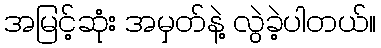
အမြင့်ဆုံး အမှတ်နဲ့ လွဲခဲ့ပါတယ်။